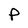
Character: p